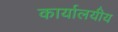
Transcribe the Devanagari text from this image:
कार्यालयीय